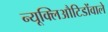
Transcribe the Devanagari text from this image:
न्यूक्लिऔटिडोंवाले